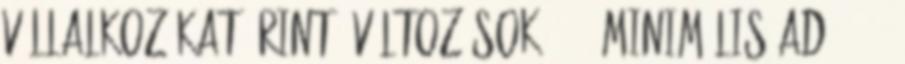
Vállalkozókat érintő változások ◦ 1. Minimális adó ◦ 2.